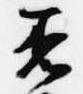
着